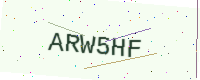
Text: ARW5HF